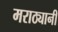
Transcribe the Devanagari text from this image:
मराठ्यानी